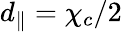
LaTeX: d_{\parallel}=\chi_{c}/2